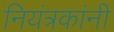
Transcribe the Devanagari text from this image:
नियंत्रकांनी